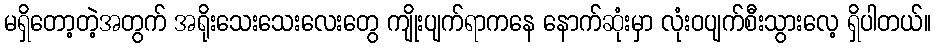
မရှိတော့တဲ့အတွက် အရိုးသေးသေးလေးတွေ ကျိုးပျက်ရာကနေ နောက်ဆုံးမှာ လုံးဝပျက်စီးသွားလေ့ ရှိပါတယ်။